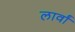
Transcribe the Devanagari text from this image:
लार्वां